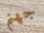
جهنم